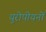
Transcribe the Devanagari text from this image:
युरोपीयनों